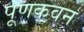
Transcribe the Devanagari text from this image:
पूणकवन